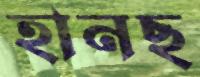
হানছ